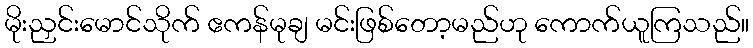
မိုးညှင်းမောင်သိုက် ဧကန်မုချ မင်းဖြစ်တော့မည်ဟု ကောက်ယူကြသည်။